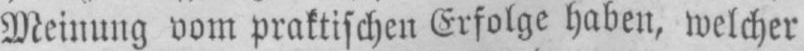
Meinung vom praktischen Gefolge haben, welcher